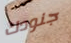
جنودك